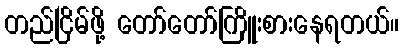
တည်ငြိမ်ဖို့ တော်တော်ကြိူးစားနေရတယ်။